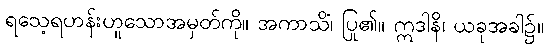
ရသေ့ရဟန်းဟူသောအမှတ်ကို။ အကာသိံ၊ ပြု၏။ ဣဒါနိ၊ ယခုအခါ၌။